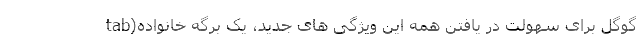
گوگل برای سهولت در یافتن همه این ویژگی های جدید، یک برگه خانواده(tab